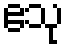
ဧသု